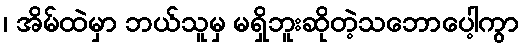
၊ အိမ်ထဲမှာ ဘယ်သူမှ မရှိဘူးဆိုတဲ့သဘောပေါ့ကွာ